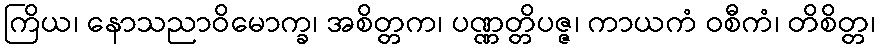
ကြိယ၊ နောသညာဝိမောက္ခ၊ အစိတ္တက၊ ပဏ္ဏတ္တိပဇ္ဇ၊ ကာယကံ ဝစီကံ၊ တိစိတ္တ၊